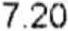
7.20